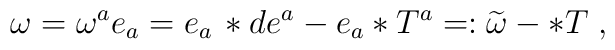
\omega =\omega ^{a}e_{a}=e_{a}\, \ast de^{a}-e_{a}\ast T^{a}=:\widetilde{\omega }-\ast T\; ,